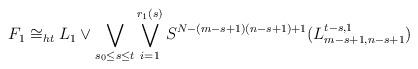
LaTeX: \begin{align*} F_1 \cong_{ht} L_1 \vee \bigvee_{s_0 \leq s \leq t} \bigvee_{i=1}^{r_1(s)} S^{N-(m-s+1)(n-s+1)+1}( L_{m-s+1,n-s+1}^{t-s,1} ) \end{align*}